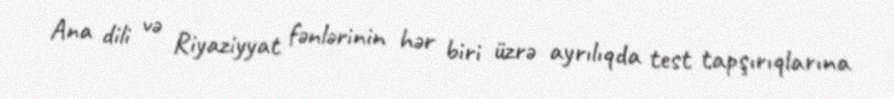
Ana dili və Riyaziyyat fənlərinin hər biri üzrə ayrılıqda test tapşırıqlarına